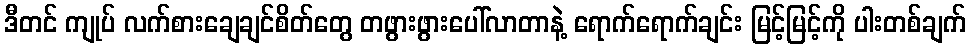
ဒီတင် ကျုပ် လက်စားချေချင်စိတ်တွေ တဖွားဖွားပေါ်လာတာနဲ့ ရောက်ရောက်ချင်း မြင့်မြင့်ကို ပါးတစ်ချက်